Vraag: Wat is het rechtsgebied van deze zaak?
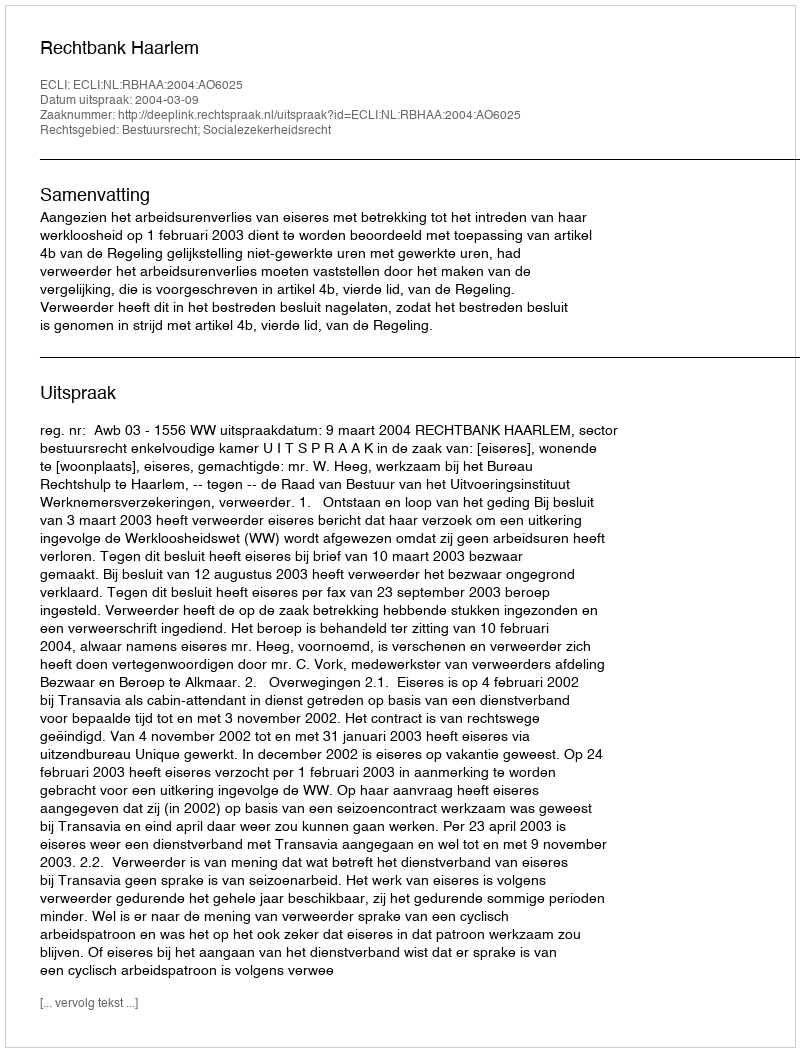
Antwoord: Bestuursrecht; Socialezekerheidsrecht